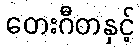
တေးဂီတနှင့်